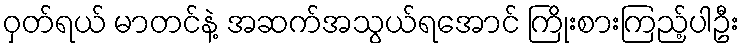
ဝှတ်ရယ် မာတင်နဲ့ အဆက်အသွယ်ရအောင် ကြိုးစားကြည့်ပါဦး